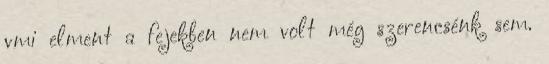
vmi elment a fejekben nem volt még szerencsénk sem.